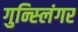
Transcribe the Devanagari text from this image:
गुन्स्लिंगर